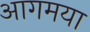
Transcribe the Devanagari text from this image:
आगमया